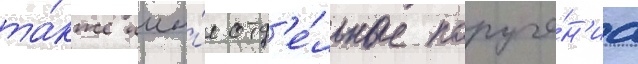
та́кже ины́е отд'е́льные поруче́н'иа